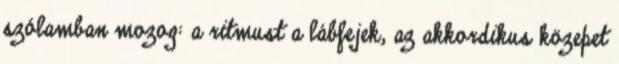
szólamban mozog: a ritmust a lábfejek, az akkordikus közepet